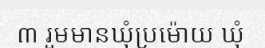
៣ រួមមានឃុំប្រម៉ោយ ឃុំ